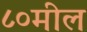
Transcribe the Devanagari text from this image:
८०मील